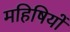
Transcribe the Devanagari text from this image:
महिषियों